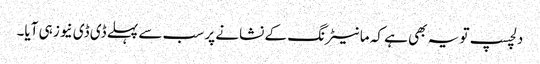
دلچسپ تو یہ بھی ہے کہ مانیٹرنگ کے نشانے پر سب سے پہلے ڈی ڈی نیوز ہی آیا۔